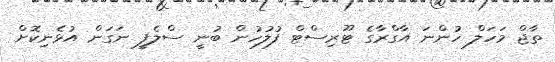
ތާޖް މަހަލް ހުންނަ އާގްރާގެ ޓޫރިސްޓް ފުލުހުން ބުނީ ސްލެފީ ނަގަން އުޅެނިކޮށް